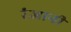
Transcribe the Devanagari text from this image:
रंजानी